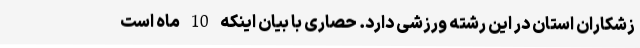
زشکاران استان در این رشته ورزشی دارد. حصاری با بیان اینکه 10 ماه است